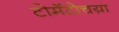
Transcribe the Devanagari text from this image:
टोमॅटोचय़ा